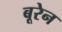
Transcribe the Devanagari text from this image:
बूरेन